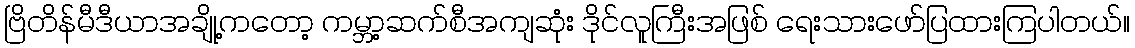
ဗြိတိန်မီဒီယာအချို့ကတော့ ကမ္ဘာ့ဆက်စီအကျဆုံး ဒိုင်လူကြီးအဖြစ် ရေးသားဖော်ပြထားကြပါတယ်။